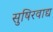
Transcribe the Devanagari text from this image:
सुषिरवाद्य